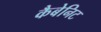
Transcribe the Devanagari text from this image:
कैबेनिट